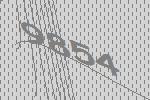
9854